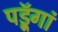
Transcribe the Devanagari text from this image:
पडॅ़ूगां